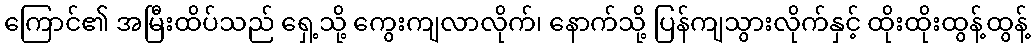
ကြောင်၏ အမြီးထိပ်သည် ရှေ့သို့ ကွေးကျလာလိုက်၊ နောက်သို့ ပြန်ကျသွားလိုက်နှင့် ထိုးထိုးထွန့်ထွန့်